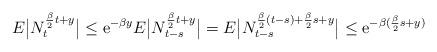
LaTeX: \begin{align*}E \big\vert N_t^{\frac{\beta}{2}t + y} \big\vert \leq \mathrm{e}^{- \beta y} E \big\vert N_{t-s}^{\frac{\beta}{2}t + y} \big\vert = E \big\vert N_{t-s}^{\frac{\beta}{2}(t - s) + \frac{\beta}{2}s + y} \big\vert \leq \mathrm{e}^{- \beta (\frac{\beta}{2}s + y)} \end{align*}